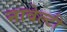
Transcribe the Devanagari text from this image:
नावेल्टी